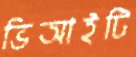
ভিআইটি